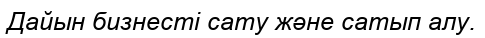
Дайын бизнесті сату және сатып алу.